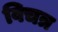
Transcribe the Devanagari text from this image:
विचत्र